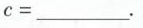
$$c = ___$$.